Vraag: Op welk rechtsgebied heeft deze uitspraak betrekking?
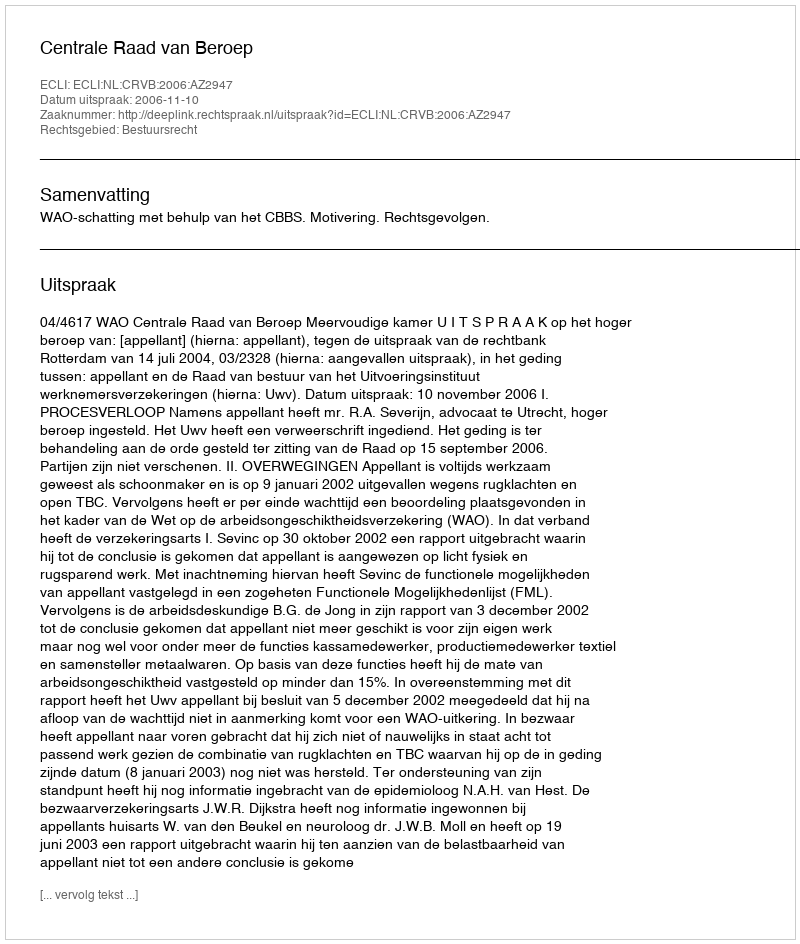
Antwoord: Bestuursrecht